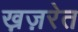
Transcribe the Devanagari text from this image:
ख़ज़रेत